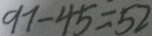
9 7 - 4 5 = 5 2